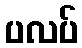
ပလပ်